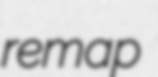
remap